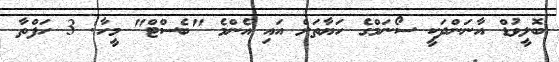
ބޮލީވުޑް އާނަންދަކީ ސޯނަމްގެ ހަޔާތަށް އައި އެންމެ "ބެސްޓް" މީހާ! 3 ހަފްތާ